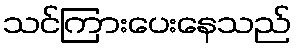
သင်ကြားပေးနေသည်